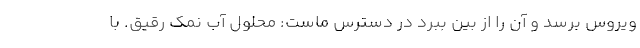
ویروس برسد و آن را از بین ببرد در دسترس ماست: محلول آب نمک رقیق. با